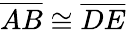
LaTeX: {\overline{{AB}}}\cong{\overline{{DE}}}